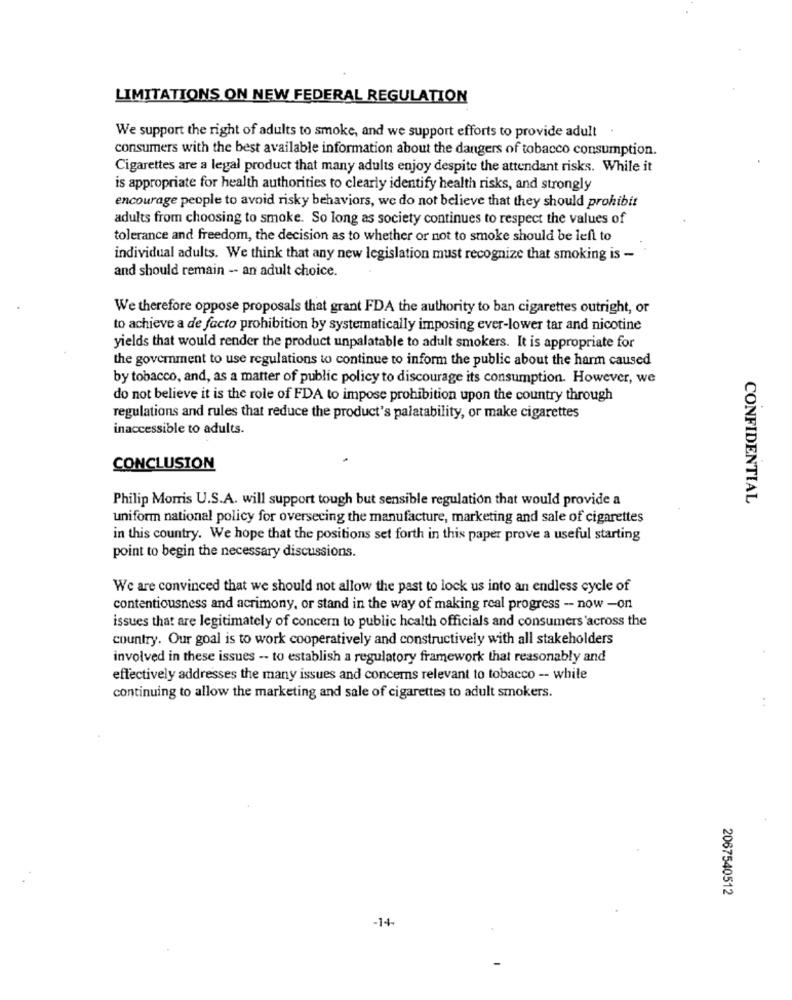
LIMITATIONS ON NEW FEDERAL REGULATION
We support the right of adults to smoke, and we support efforts to provide adult
consumers with the best available information about the dangers of tobacco consumption.
Cigarettes are a legal product that many adults enjoy despite the attendant risks. While it
is appropriate for health authorities to clearly identify health risks, and strongly
encourage people to avoid risky behaviors, we do not believe that they should prohibit
adults from choosing to smoke. So long as society continues to respect the values of
tolerance and freedom, the decision as to whether or not to smoke should be left to
individual adults. We think that any new legislation must recognize that smoking is -
and should remain -- an adult choice.
We therefore oppose proposals that grant FDA the authority to ban cigarettes outright, or
to achieve a de facto prohibition by systematically imposing ever-lower tar and nicotine
yields that would render the product unpalatable to adult smokers. It is appropriate for
the goverment to use regulations to continue to inform the public about the harm caused
by tobacco, and, as a matter of public policy to discourage its consumption. However, we
do not believe it is the role of FDA to impose prohibition upon the country through
regulations and rules that reduce the product's palatability, or make cigarettes
inaccessible to adults.
CONCLUSION
Philip Morris U.S.A. will support tough but sensible regulation that would provide a
CONFIDENTIAL
uniform national policy for oversecing the manufacture, marketing and sale of cigarettes
in this country. We hope that the positions set forth in this paper prove a useful starting
point to begin the necessary discussions.
We are convinced that we should not allow the past to lock us into an endless cycle of
contentiousness and acrimony, or stand in the way of making real progress -- now -on
issues that are legitimately of concern to public health officials and consumers 'across the
country. Our goal is to work cooperatively and constructively with all stakeholders
involved in these issues -- to establish a regulatory framework that reasonably and
effectively addresses the many issues and concerns relevant to tobacco -- while
continuing to allow the marketing and sale of cigarettes to adult smokers.
...
2067540512
-14-